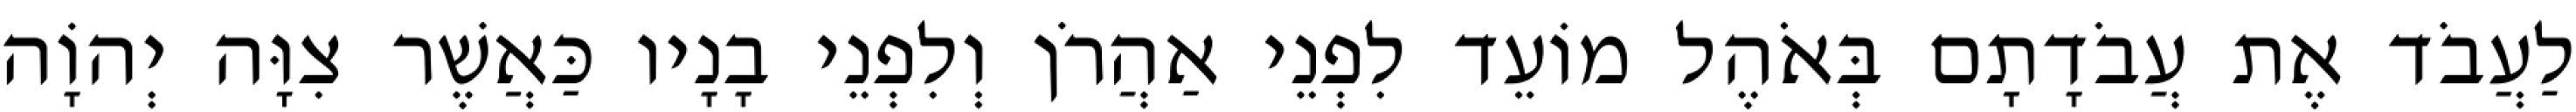
לַעֲבֹד אֶת עֲבֹדָתָם בְּאֹהֶל מוֹעֵד לִפְנֵי אַהֲרֹן וְלִפְנֵי בָנָיו כַּאֲשֶׁר צִוָּה יְהוָֹה